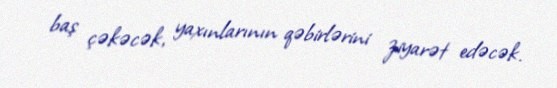
baş çəkəcək, yaxınlarının qəbirlərini ziyarət edəcək.